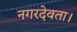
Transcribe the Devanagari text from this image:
नगरदेवता।